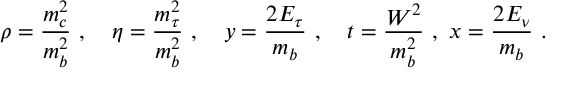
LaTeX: \rho = { \frac { m _ { c } ^ { 2 } } { m _ { b } ^ { 2 } } } \ , \quad \eta = { \frac { m _ { \tau } ^ { 2 } } { m _ { b } ^ { 2 } } } \ , \quad y = { \frac { 2 E _ { \tau } } { m _ { b } } } \ , \quad t = { \frac { W ^ { 2 } } { m _ { b } ^ { 2 } } } \ , \ x = { \frac { 2 E _ { \nu } } { m _ { b } } } \ .